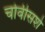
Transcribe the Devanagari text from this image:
चोवीसशे